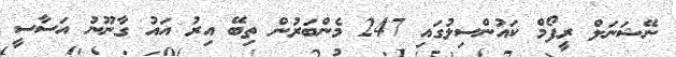
ނޭޝަނަލް ރީފޯމް ކައުންސިލުގައި 247 މެންބަރުން ތިބޭ އިރު އައު ގާނޫނު އަސާސީ